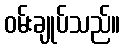
ဝမ်းချုပ်သည်။